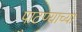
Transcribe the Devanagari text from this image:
पाटण्याच्या